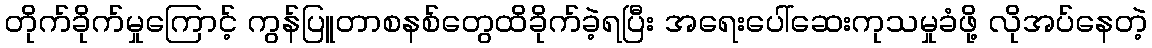
တိုက်ခိုက်မှုကြောင့် ကွန်ပြူတာစနစ်တွေထိခိုက်ခဲ့ရပြီး အရေးပေါ်ဆေးကုသမှုခံဖို့ လိုအပ်နေတဲ့